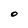
Character: O